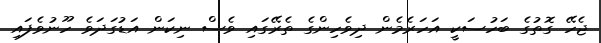
ޖެހޭ ގޮތުގެ ބަހުސަކީ އަހަރެމެން ދިވެހިންގެ ތެރޭގައި ވެސް ނިކަން އަޑުގަދަވެ ހޫނުވެފައި